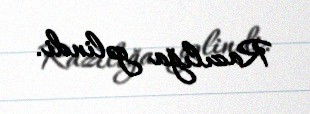
Razılığa gəlindi.